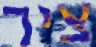
ציר